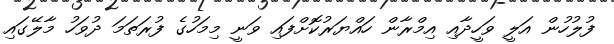
ފުލުހުން އަލީ ވަހީދާއި އިމްރާން ހައްޔަރުކޮށްފައި ވަނީ މިމަހުގެ ފުރަތަމަ ދުވަހު މާލޭގައި